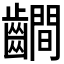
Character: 𪙨